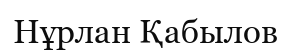
Нұрлан Қабылов